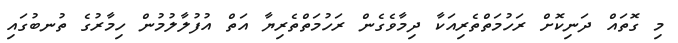
މި ގޮތައް ދަނިކޮށް ރަހުމަތްތެރިއަކާ ދިމާވެގެން ރަހުމަތްތެރިޔާ އަތް އުފުލާލުމުން ހިމާރުގެ ތުނބުގައި